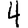
Digit: 4